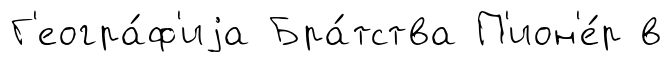
Г'еогра́ф'иjа Бра́тства П'ион'е́р в